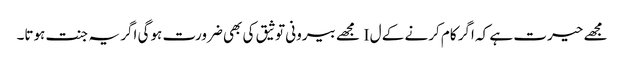
مجھے حیرت ہے کہ اگر کام کرنے کے ل I مجھے بیرونی توثیق کی بھی ضرورت ہوگی اگر یہ جنت ہوتا۔